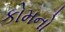
કોમનો